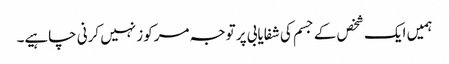
ہمیں ایک شخص کے جسم کی شفایابی پر توجہ مرکوز نہیں کرنی چاہیے۔